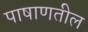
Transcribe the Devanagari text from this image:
पाषाणतील